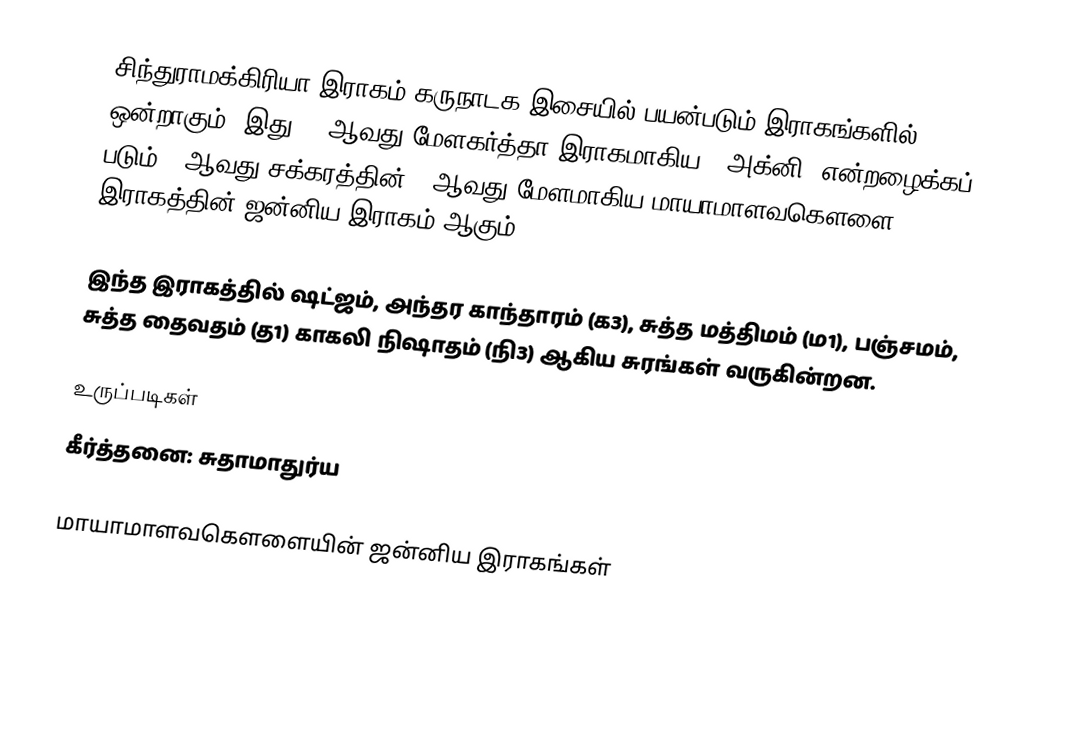
சிந்துராமக்கிரியா இராகம் கருநாடக இசையில் பயன்படும் இராகங்களில் ஒன்றாகும். இது 15 ஆவது மேளகர்த்தா இராகமாகிய, "அக்னி" என்றழைக்கப் படும் 3 ஆவது சக்கரத்தின் 3 ஆவது மேளமாகிய மாயாமாளவகௌளை இராகத்தின் ஜன்னிய இராகம் ஆகும்.

இந்த இராகத்தில் ஷட்ஜம், அந்தர காந்தாரம் (க3), சுத்த மத்திமம் (ம1), பஞ்சமம்,  சுத்த தைவதம் (த1) காகலி நிஷாதம்  (நி3) ஆகிய சுரங்கள் வருகின்றன.

உருப்படிகள்
 கீர்த்தனை: சுதாமாதுர்ய

மாயாமாளவகௌளையின் ஜன்னிய இராகங்கள்